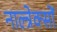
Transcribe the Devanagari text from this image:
नाल्त्रेक्सों